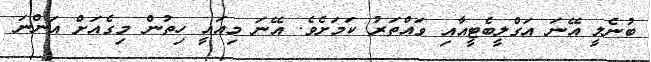
ބުނެލީ އޭނަ އަގްލީބެޓީއާއި ވައްތަރު ކަމަށެވެ. އޭނަ މިއައީ ހިތުން މިގެއަށް އަންނަ